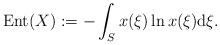
LaTeX: \begin{align*}\mathrm{Ent}(X):=-\int_S x(\xi)\ln x(\xi)\mathrm{d}\xi.\end{align*}